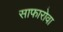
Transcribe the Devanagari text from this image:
साफारोवा